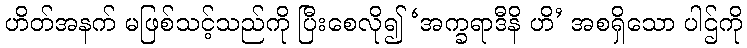
ဟိတ်အနက် မဖြစ်သင့်သည်ကို ပြီးစေလို၍ ‘အက္ခရာဒီနိ ဟိ’ အစရှိသော ပါဌ်ကို